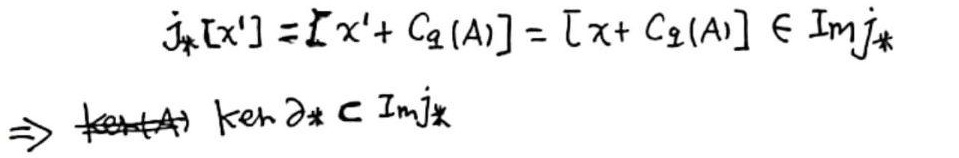
\[
\begin{align*}
j_*[x']&=[x'+C_2(A)]=[x + C_2(A)]\in \text{Im}j_*\\
\Rightarrow&\text{ker}\partial_*\subset \text{Im}j_*
\end{align*}
\]